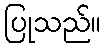
ပြုသည်။